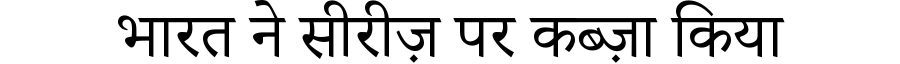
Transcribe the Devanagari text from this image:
भारत ने सीरीज़ पर कब्ज़ा किया